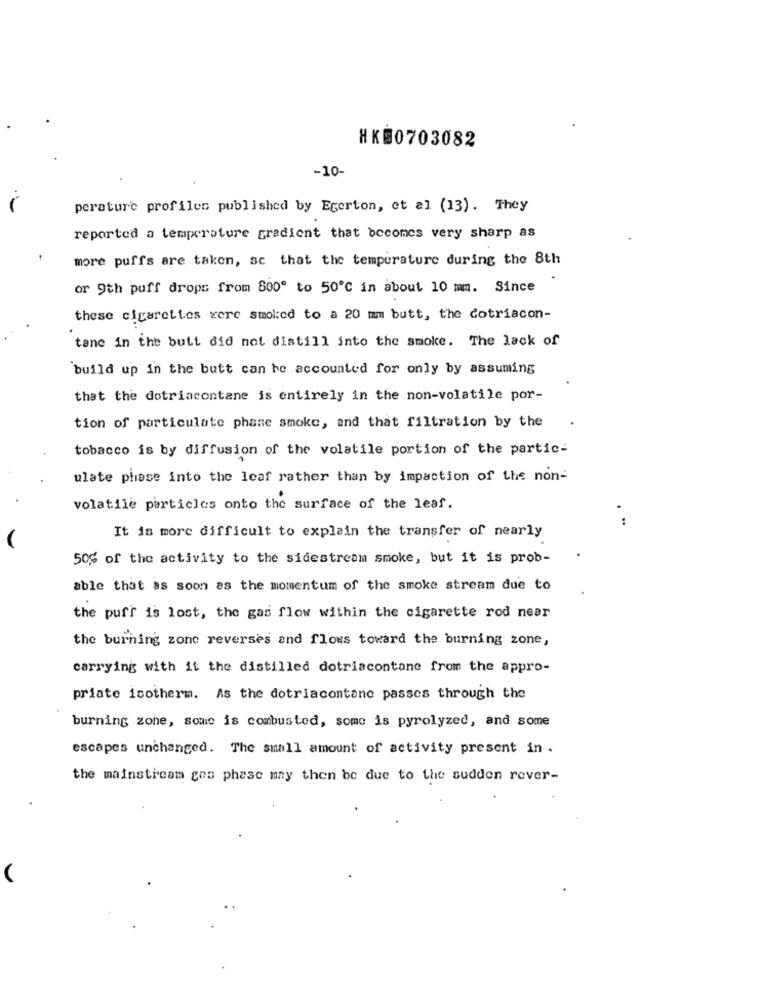
HK00703082
-10-
perature profiles published by Egerton, et al (13). They
reported a temperature gradient that becomes very sharp as
more puffs are taken, sc that the temperature during the 8th
or 9th puff drops from 800º to 50℃ in about 10 mm. Since
these cigarettes were smoked to a 20 mm butt, the cotriacon-
tane in the butt did not distill into the smoke. The lack of
build up in the butt can be accounted for only by assuming
that the dotriacontane is entirely in the non-volatile por-
tion of particulate phase smoke, and that filtration by the
tobacco is by diffusion of the volatile portion of the partic-
ulate phase into the leaf rather than by impaction of the non-
volatile particles onto the surface of the leaf.
.
It is more difficult to explain the transfer of nearly
50% of the activity to the sidestream smoke, but it is prob-
able that as soon as the momentum of the smoke stream due to
the puff is lost, the gas flow within the cigarette rod near
the burning zone reverses and flows toward the burning zone,
carrying with it the distilled dotriacontane from the appro-
priate isotherm. As the dotriacontano passes through the
burning zone, some is combusted, some is pyrolyzed, and some
escapes unchanged. The small amount of activity present in .
the mainstream gas phase may then be due to the sudden rever-